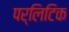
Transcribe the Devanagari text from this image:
पर्लिटिक